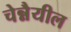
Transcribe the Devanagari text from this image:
चेन्नैयील